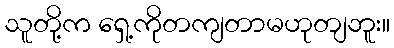
သူတို့က ရှေ့ကိုတကျတာမဟုတျဘူး။